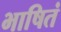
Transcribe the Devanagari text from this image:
भाषितं